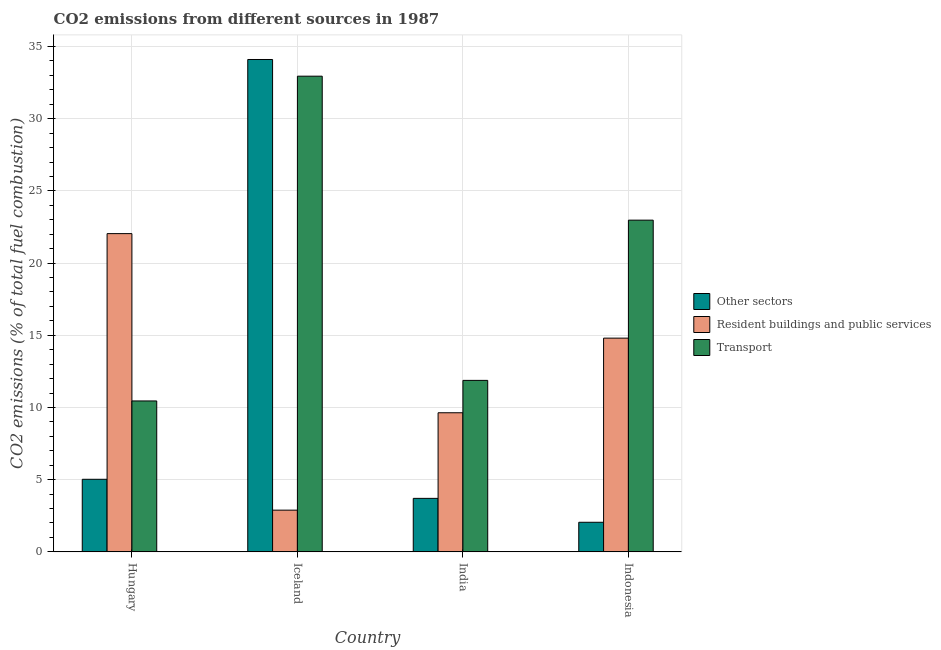
| Country | Other sectors | Resident buildings and public services | Transport |
 | --- | --- | --- | --- |
 | Hungary | 5.03 | 22 | 10.5 |
 | Iceland | 34.1 | 2.89 | 32.9 |
 | India | 3.71 | 9.64 | 11.9 |
 | Indonesia | 2.05 | 14.8 | 23 |